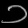
Digit: ၁